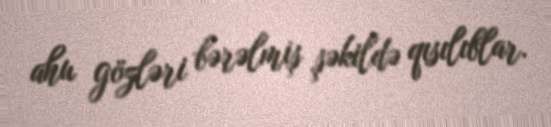
ahu gözləri bərəlmiş şəkildə qısılıblar.